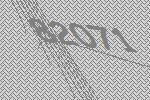
82071